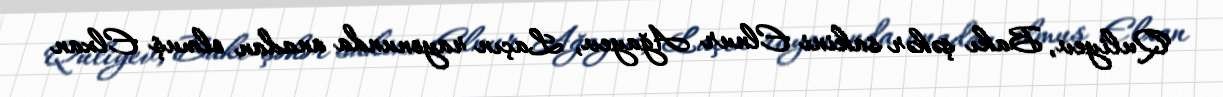
Quliyev, Bakı şəhər sakini Elnur Ağayev, Laçın rayonunda anadan olmuş Elxan